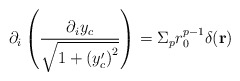
\begin{align*}\partial_i \left(\frac{\partial_i y_c}{\sqrt{1 + \left(y^{\prime}_c\right)^2}}\right) = \Sigma_pr_0^{p-1}\delta ({\bf r})\end{align*}